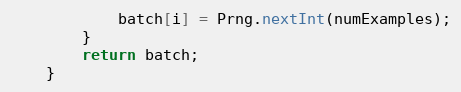
Language: Java
            batch[i] = Prng.nextInt(numExamples);
        }
        return batch;
    }